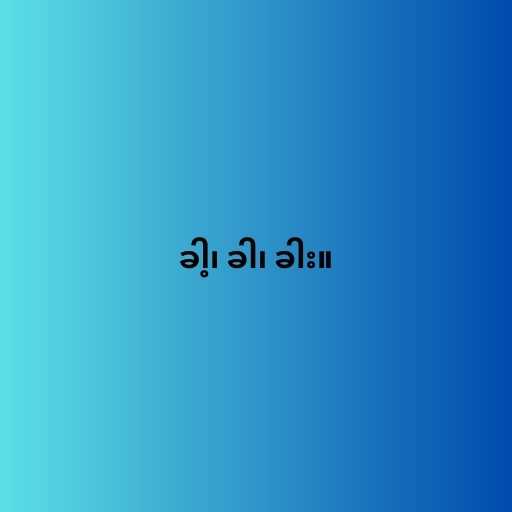
ခါ့၊ ခါ၊ ခါး။